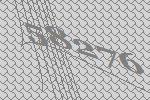
58276